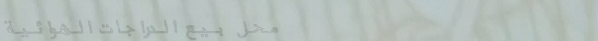
محل بيع الدراجات الهوائية